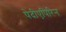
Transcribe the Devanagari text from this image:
पेदीएपिरिन